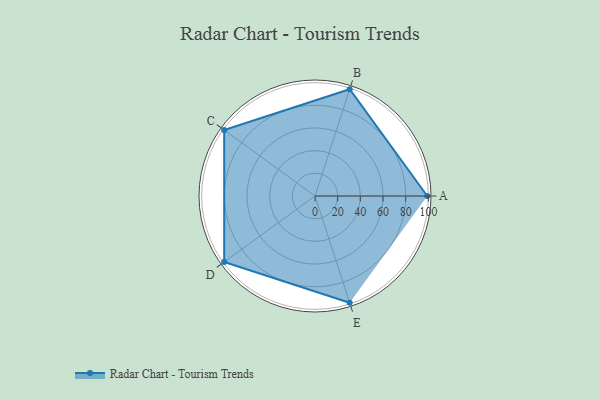
{"axis": {"x": "Skill", "y": "Score"}, "legend": ["Profile"], "data": [{"x": "A", "y": 99.0, "type": "Profile"}, {"x": "B", "y": 99, "type": "Profile"}, {"x": "C", "y": 99, "type": "Profile"}, {"x": "D", "y": 99, "type": "Profile"}, {"x": "E", "y": 99, "type": "Profile"}]}